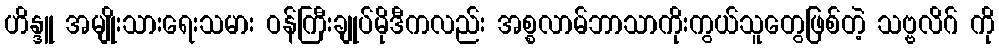
ဟိန္ဒူ အမျိုးသားရေးသမား ဝန်ကြီးချုပ်မိုဒီကလည်း အစ္စလာမ်ဘာသာကိုးကွယ်သူတွေဖြစ်တဲ့ သဗ္ဗလိဂ် ကို